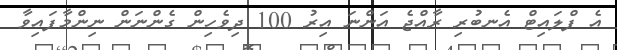
އެ ފްލައިޓް އެނބުރި ރާއްޖެ އަންނަ އިރު 100 ދިވެހިން ގެންނަން ނިންމާފައިވާ